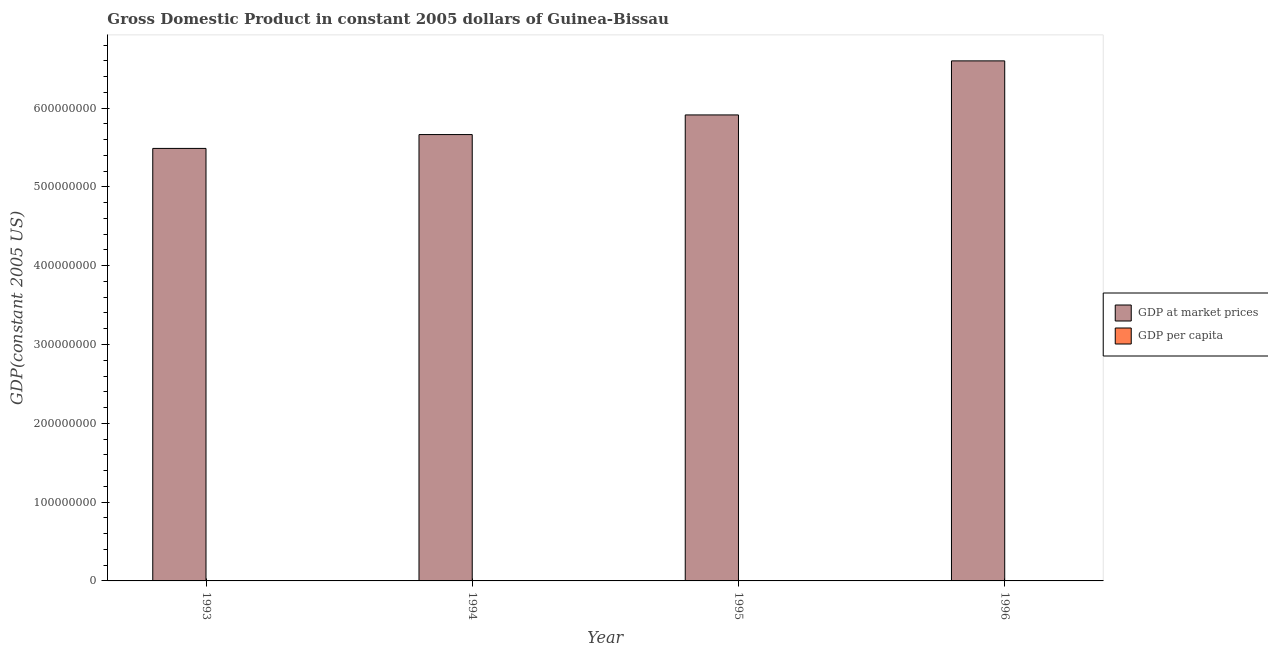
| Year | GDP at market prices | GDP per capita |
 | --- | --- | --- |
 | 1993 | 5.49e+08 | 486 |
 | 1994 | 5.66e+08 | 490 |
 | 1995 | 5.91e+08 | 501 |
 | 1996 | 6.6e+08 | 547 |